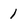
Character: 1